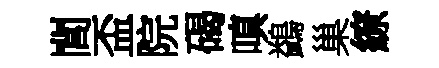
閭盃院碣嗔鷁巢繚